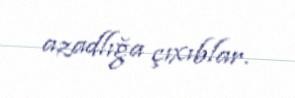
azadlığa çıxıblar.